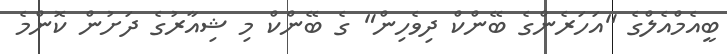
ބީއެމްއެލްގެ "އަހަރެންގެ ބޭންކް ދިވެހިން" ގެ ބޭންކް މި ޝިއާރުގެ ދަށުން ކޮންމެ